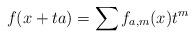
LaTeX: \begin{align*}f ( x + t a) = \sum f_{a,m} (x) t^m\end{align*}